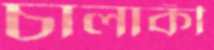
চালাকী